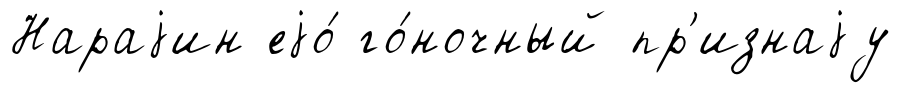
Нараjин еjо́ го́ночный пр'изнаjу